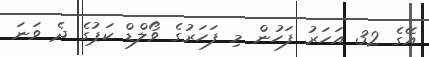
އޭގެ 32 އަހަރު ފަހުން މި ފަހަރުގެ ވޯލްޑް ކަޕުގެ ދެ ވަނަ